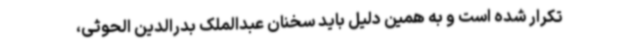
تکرار شده است و به همین دلیل باید سخنان عبدالملک بدرالدین الحوثی،